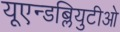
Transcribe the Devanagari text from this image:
यूएन्डब्लियुटीओ